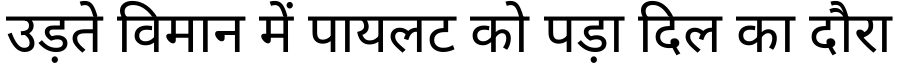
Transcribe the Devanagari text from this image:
उड़ते विमान में पायलट को पड़ा दिल का दौरा